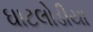
ઘાટલોડીયા